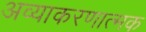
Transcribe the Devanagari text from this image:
अव्याकरणात्मक